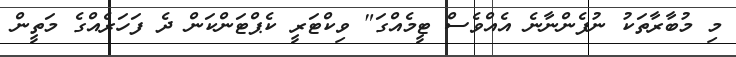
މި މުބާރާތަކު ނުފެންނާނެ އެއްވެސް ޓީމެއްގަ" ވިކްޓަރީ ކެޕްޓަންކަން ދެ ފަހަރެއްގެ މަތީން